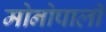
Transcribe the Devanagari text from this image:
मोनोपाली